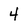
Character: 4